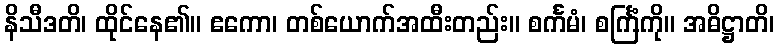
နိသီဒတိ၊ ထိုင်နေ၏။ ဧကော၊ တစ်ယောက်အထီးတည်း။ စင်္ကမံ၊ စင်္ကြံကို။ အဓိဋ္ဌာတိ၊